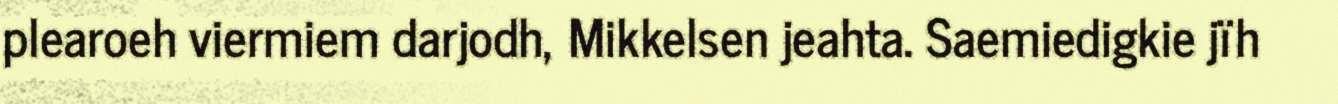
plearoeh viermiem darjodh, Mikkelsen jeahta. Saemiedigkie jïh